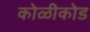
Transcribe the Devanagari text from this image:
कोळीकोड